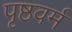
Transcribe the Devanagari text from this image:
पृष्ठवर्म